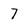
Character: 7